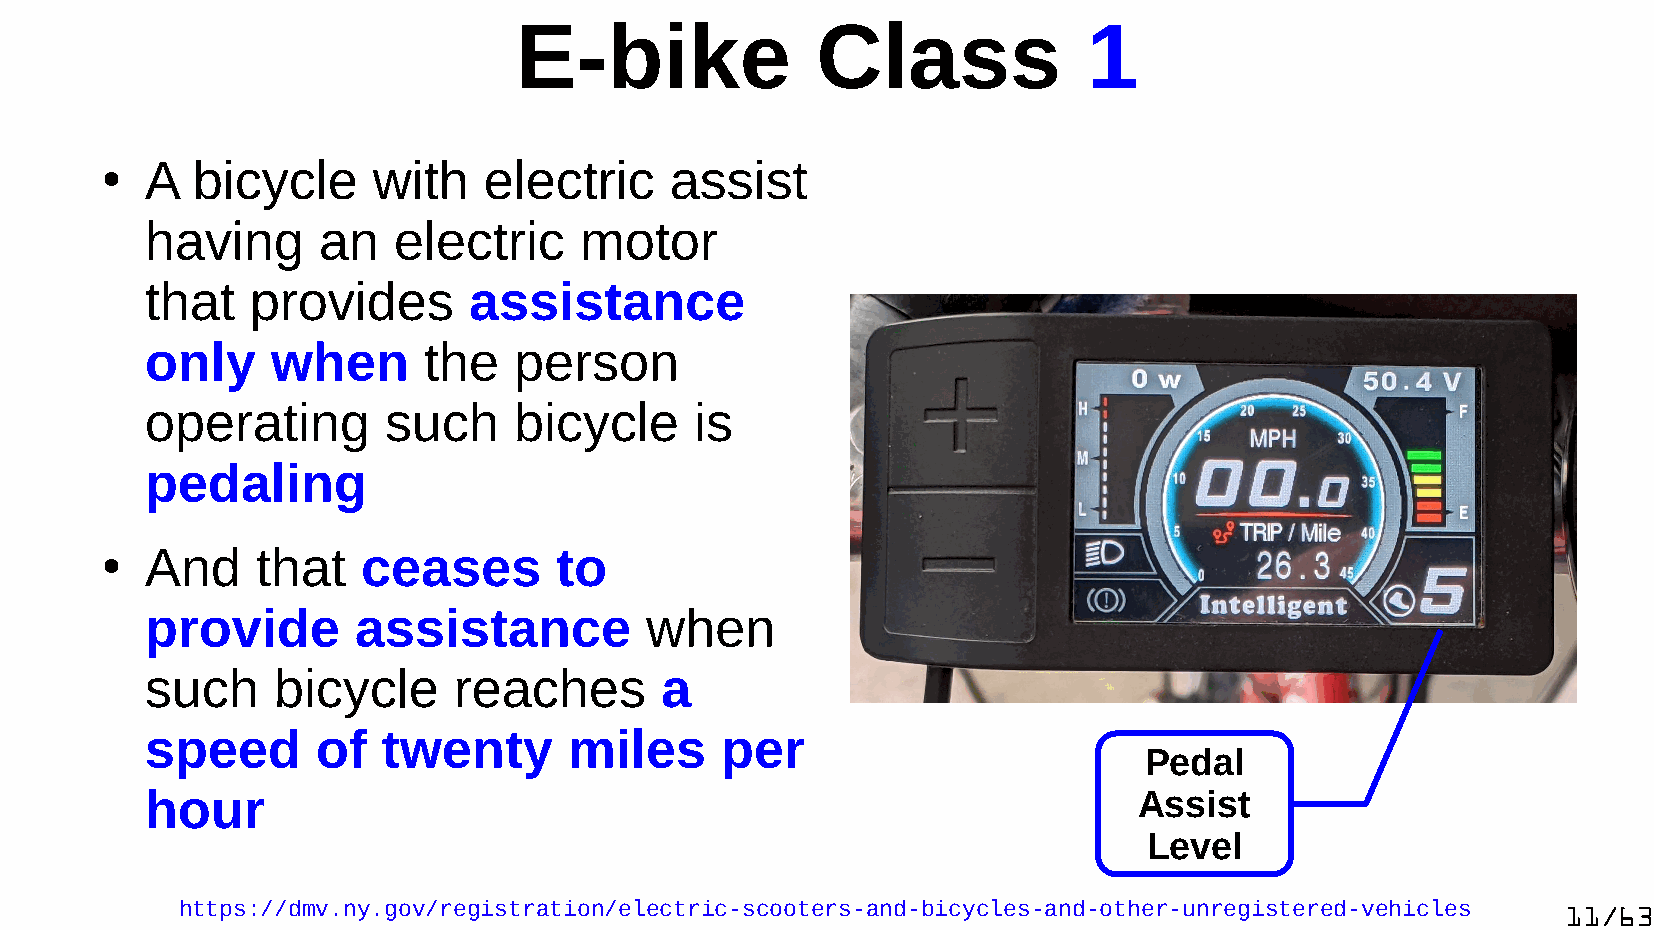
E-bike              Class             1
 A  bicycle     with   electric    assist
 ●
 having     an   electric    motor
 that   provides      assistance
 only    when      the   person
 operating      such     bicycle     is
 pedaling
 And    that   ceases       to
 ●
 provide      assistance          when
 such    bicycle     reaches       a
 speed      of  twenty       miles     per
 Pedal
 hour                                                             Assist
 Level
 https://dmv.ny.gov/registration/electric-scooters-and-bicycles-and-other-unregistered-vehicles 11/63